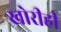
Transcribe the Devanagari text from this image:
खोरीही